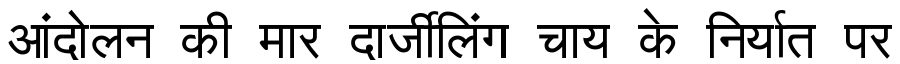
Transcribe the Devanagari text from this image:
आंदोलन की मार दार्जीलिंग चाय के निर्यात पर